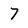
Character: 7